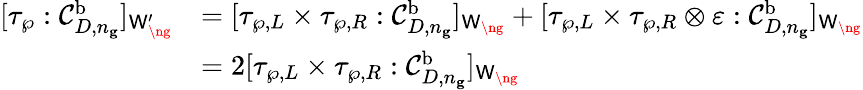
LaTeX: \begin{array}{rl}{[\tau_{\wp}:\mathcal{C}_{D,n_{\mathbf g}}^{\mathrm b}]_{\mathsf{W}_{\ng}^{\prime}}}&{=[\tau_{\wp,L}\times\tau_{\wp,R}:\mathcal{C}_{D,n_{\mathbf g}}^{\mathrm b}]_{\mathsf{W}_{\ng}}+[\tau_{\wp,L}\times\tau_{\wp,R}\otimes\varepsilon:\mathcal{C}_{D,n_{\mathbf g}}^{\mathrm b}]_{\mathsf{W}_{\ng}}}\\ &{=2[\tau_{\wp,L}\times\tau_{\wp,R}:\mathcal{C}_{D,n_{\mathbf g}}^{\mathrm b}]_{\mathsf{W}_{\ng}}}\end{array}